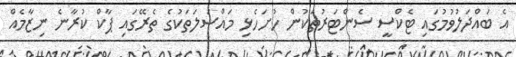
އެ ބައްދަލުވުމުގައި ޓެކްސީ ސެންޓަރުތަކުން ހުށަހެޅި މައްސަލަތަކުގެ ތެރޭގައި ޕާކް ކުރާނެ ނިޒާމެއް